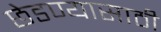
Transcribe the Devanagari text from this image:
छेडण्यासाठी